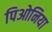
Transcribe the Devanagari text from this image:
पिओनिया